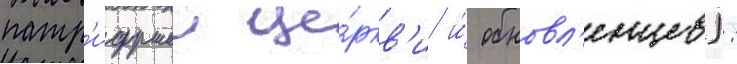
патр'иаршеи це́ркв'и и́ обновл'енцев):